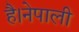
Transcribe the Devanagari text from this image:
है।नेपाली